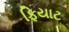
ફિયાટ